Indian journal of veterinary science and animal husbandry - Volume 2,
Year: 1932
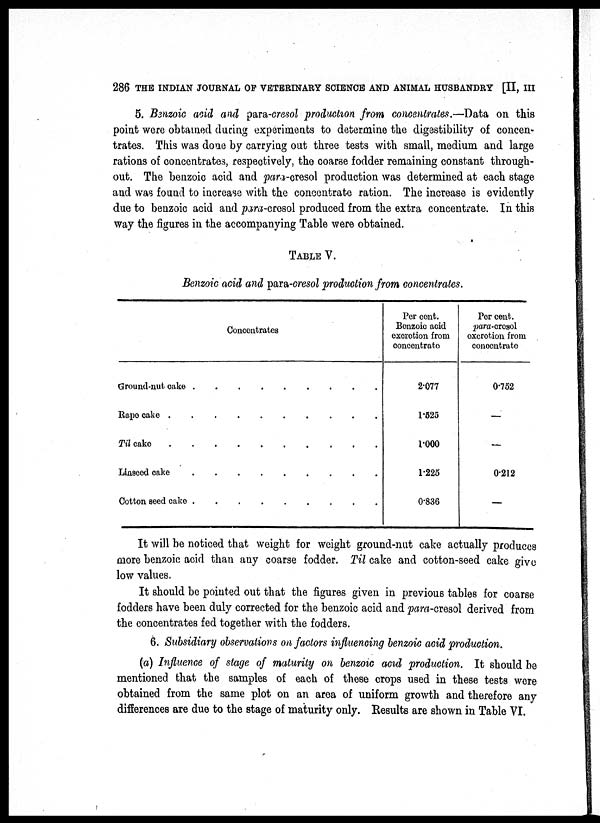
286 THE INDIAN JOURNAL OF VETERINARY SCIENCE AND ANIMAL HUSBANDRY [II, III
5. Benzoic acid and para-cresol production from concentrates.—Data on this
point were obtained during experiments to determine the digestibility of concen-
trates. This was done by carrying out three tests with small, medium and large
rations of concentrates, respectively, the coarse fodder remaining constant through-
out. The benzoic acid and para-cresol production was determined at each stage,
and was found to increase with the concentrate ration. The increase is evidently
due to benzoic acid and para-cresol produced from the extra concentrate. In this
way the figures in the accompanying Table were obtained.
TABLE V.
Benzoic acid and para-cresol production from concentrates.
Concentrates
Ground-nut cake .
Rape cake .
Til cake
Linseed cake
Cotton seed cake .
Per cent.
Benzoic acid
excretion from
concentrate
2.077
1.525
1.000
1.225
0.836
Per cent.
para-cresol
excretion from
concentrate
0.752
—
—
0.212
—
It will be noticed that weight for weight ground-nut cake actually produces
more benzoic acid than any coarse fodder. Til cake and cotton-seed cake give
low values.
It should be pointed out that the figures given in previous tables for coarse
fodders have been duly corrected for the benzoic acid and para-cresol derived from
the concentrates fed together with the fodders.
6. Subsidiary observations on factors influencing benzoic acid production.
(a) Influence of stage of maturity on benzoic acid production. It should be
mentioned that the samples of each of these crops used in these tests were
obtained from the same plot on an area of uniform growth and therefore any
differences are due to the stage of maturity only. Results are shown in Table VI.